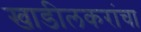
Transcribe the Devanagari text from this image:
खाडीलकरांचा